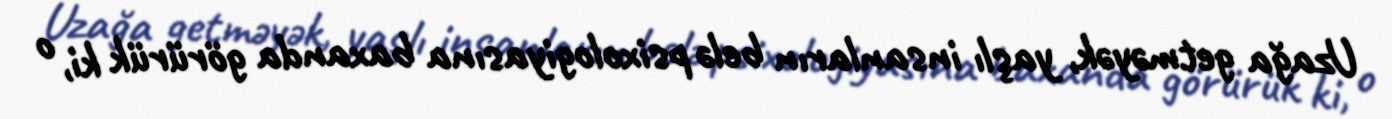
Uzağa getməyək, yaşlı insanların belə psixologiyasına baxanda görürük ki, o